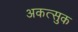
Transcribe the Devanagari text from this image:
अकत्सुक